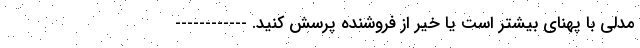
مدلی با پهنای بیشتر است یا خیر از فروشنده پرسش کنید. ------------